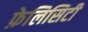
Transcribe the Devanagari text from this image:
फ़ेलिसिटी